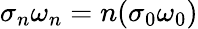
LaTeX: \sigma_{n}\omega_{n}=n(\sigma_{0}\omega_{0})